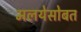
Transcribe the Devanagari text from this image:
मलयेसोबत